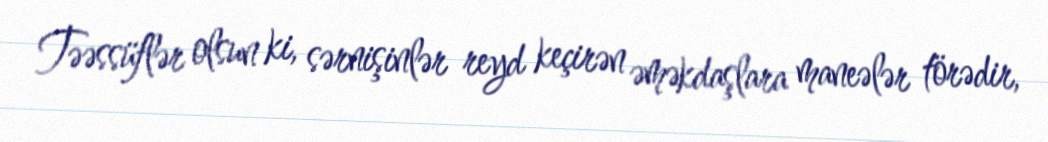
Təəssüflər olsun ki, sərnişinlər reyd keçirən əməkdaşlara maneələr törədir,